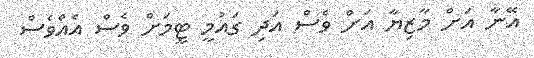
އޭނާ އަށް މާޒިޔާ އަށް ވެސް އަދި ގައުމީ ޓީމަށް ވެސް އެއްވެސް